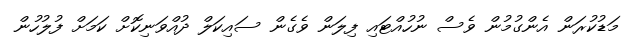
މަޑުކުރަން އެންގުމުން ވެސް ނުހުއްޓައި ފިލަން ވެެގެން ސައިކަލް ދުއްވަނިކޮށް ކަމަށް ފުލުހުން